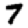
Digit: 7